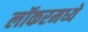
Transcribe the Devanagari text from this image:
लॉकरमध्ये